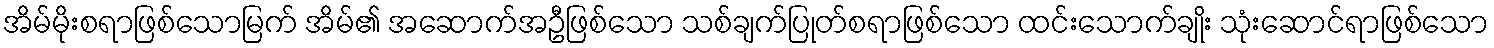
အိမ်မိုးစရာဖြစ်သောမြက် အိမ်၏ အဆောက်အဦဖြစ်သော သစ်ချက်ပြုတ်စရာဖြစ်သော ထင်းသောက်ချိုး သုံးဆောင်ရာဖြစ်သော